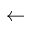
\leftarrow